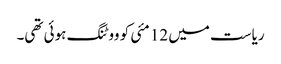
ریاست میں 12 مئی کو ووٹنگ ہوئی تھی۔